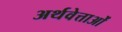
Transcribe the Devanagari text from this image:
अर्थवेत्ताओं